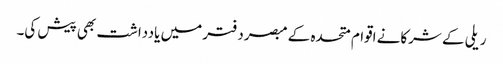
ریلی کے شرکانے اقوام متحدہ کے مبصردفتر میں یادداشت بھی پیش کی۔